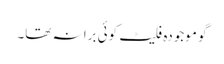
گو موجودہ فلیٹ کوئی برا نہ تھا۔